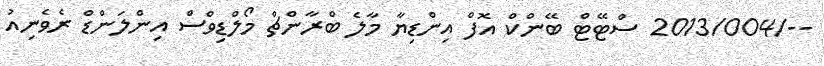
--/2013/004 ސްޓޭޓް ބޭންކް އޮފް އިންޑިޔާ މާލެ ބްރާންޗް މޯލްޑިވްސް އިންލަންޑް ރެވެނިއު